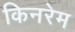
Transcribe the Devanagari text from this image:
किनरेम